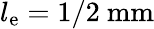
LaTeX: l_{\mathrm{e}}=1/2\ \mathrm{mm}